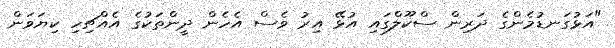
"އަޅުގަނޑުމެންގެ ދަރިން ސްކޫލްގައި އުޅޭ އިރު ވެސް އެހެން ދީންތަކުގެ އެއްޗިހި ކިޔަވަން